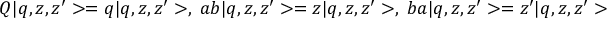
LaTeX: Q | q , z , z ^ { \prime } > = q | q , z , z ^ { \prime } > , \; a b | q , z , z ^ { \prime } > = z | q , z , z ^ { \prime } > , \; b a | q , z , z ^ { \prime } > = z ^ { \prime } | q , z , z ^ { \prime } >